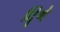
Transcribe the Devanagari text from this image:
दिॄथे